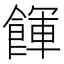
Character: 餫